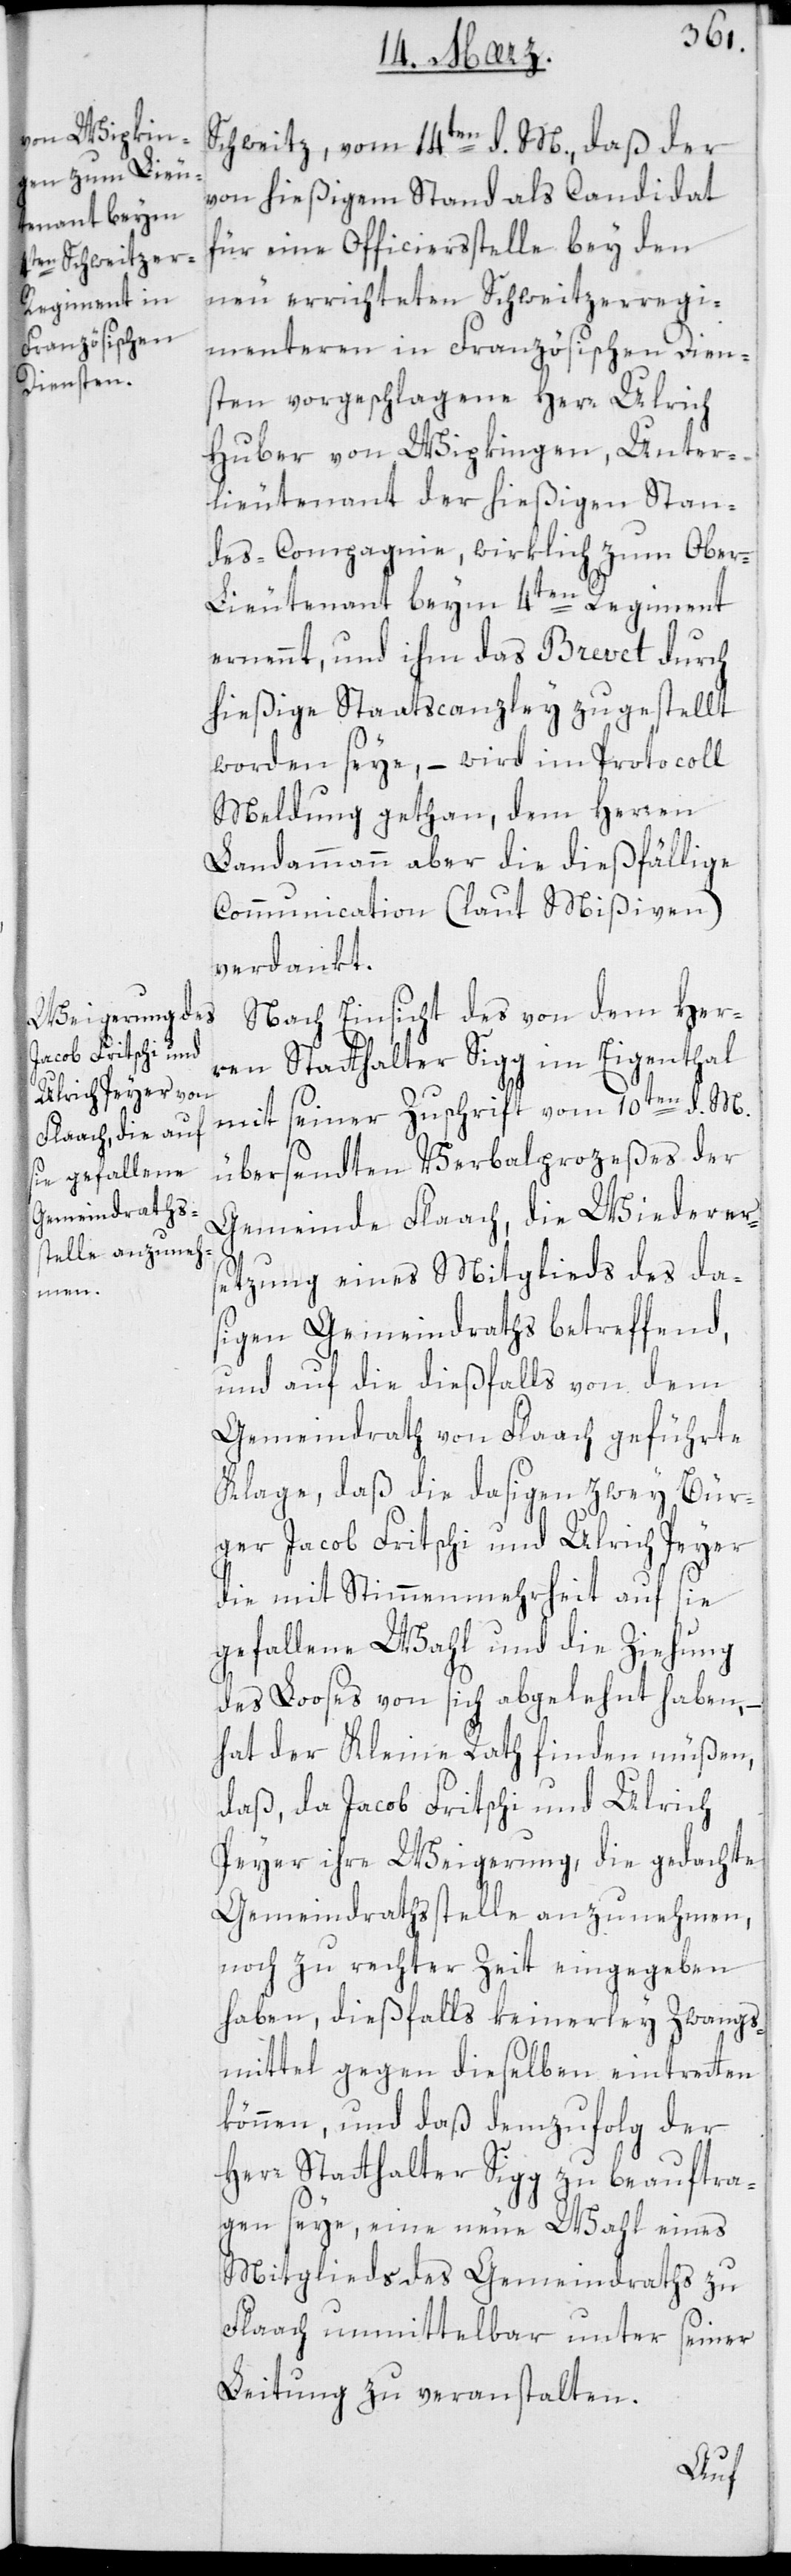
Schweitz vom 14ten d. M., daß der
von hießigem Stand als Candidat
für eine Officiersstelle bey den
neu errichteten Schweitzerregi¬
menteren in Französischen Dien¬
sten vorgeschlagene Herr Ulrich
Huber von Wipkingen, Unter¬
lieutenant der hießigen Stan¬
des-Compagnie, wirklich zum Ober-L¬
ieutenant beim 4ten Regiment
ernennt, und ihm das Brevet durch
hießige Staatscanzley zugestellt
worden seye, – wird im Protocoll
Meldung gethan, dem Herren
Landammann aber die dießfällige
Communication (laut Mißiven)
verdankt.
Nach Einsicht des von dem Her¬
ren Statthalter Sigg im Eigenthal
mit seiner Zuschrift vom 10ten d. M.
übersendten Verbalprozeßes der
Gemeinde Flaach, die Wiederer¬
setzung eines Mitglieds des da¬
sigen Gemeindraths betreffend,
und auf die diesfalls von dem
Gemeindrath von Flaach geführte
Klage, daß die dasigen zwey Bür¬
ger Jacob Fritschi und Ulrich Peyer,
die mit Stimmenmehrheit auf sie
gefallene Wahl und die Ziehung
des Looses von sich abgelehnt haben, –
hat der Kleine Rath finden müßen,
daß da Jacob Fritschi und Ulrich
Peyer ihre Weigerung, die gedachte
Gemeindrathsstelle anzunehmen,
noch zu rechter Zeit eingegeben
haben, diesfalls keinerley Zwangs¬
mittel gegen dieselben eintreten
können, und daß demzufolg der
Herr Statthalter Sigg zu beauftra¬
gen seye, eine neue Wahl eines
Mitglieds des Gemeindraths zu
Flaach unmittelbar unter seiner
Leitung zu veranstalten.